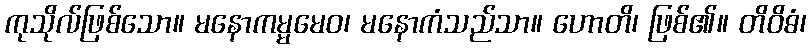
ကုသိုလ်ဖြစ်သော။ မနောကမ္မမေဝ၊ မနောကံသည်သာ။ ဟောတိ၊ ဖြစ်၏။ တိဝိဓံ၊